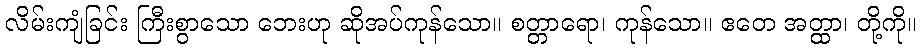
လိမ်းကျံခြင်း ကြီးစွာသော ဘေးဟု ဆိုအပ်ကုန်သော။ စတ္တာရော၊ ကုန်သော။ ဧတေ အတ္ထာ၊ တို့ကို။